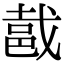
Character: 𨚵